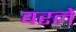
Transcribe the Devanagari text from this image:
बरले